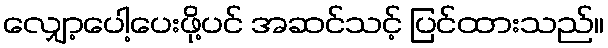
လျှော့ပေါ့ပေးဖို့ပင် အဆင်သင့် ပြင်ထားသည်။